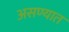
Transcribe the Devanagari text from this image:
असण्यात